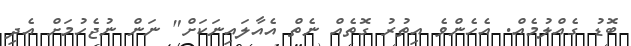
ބޮޑު ގެއްލުމެއް. އެހެންވެ އިތުރު ގޮތެއް ނެތް އެއާލައިނަކަށް" ނަން ނުޖެހުމަށް އެދި